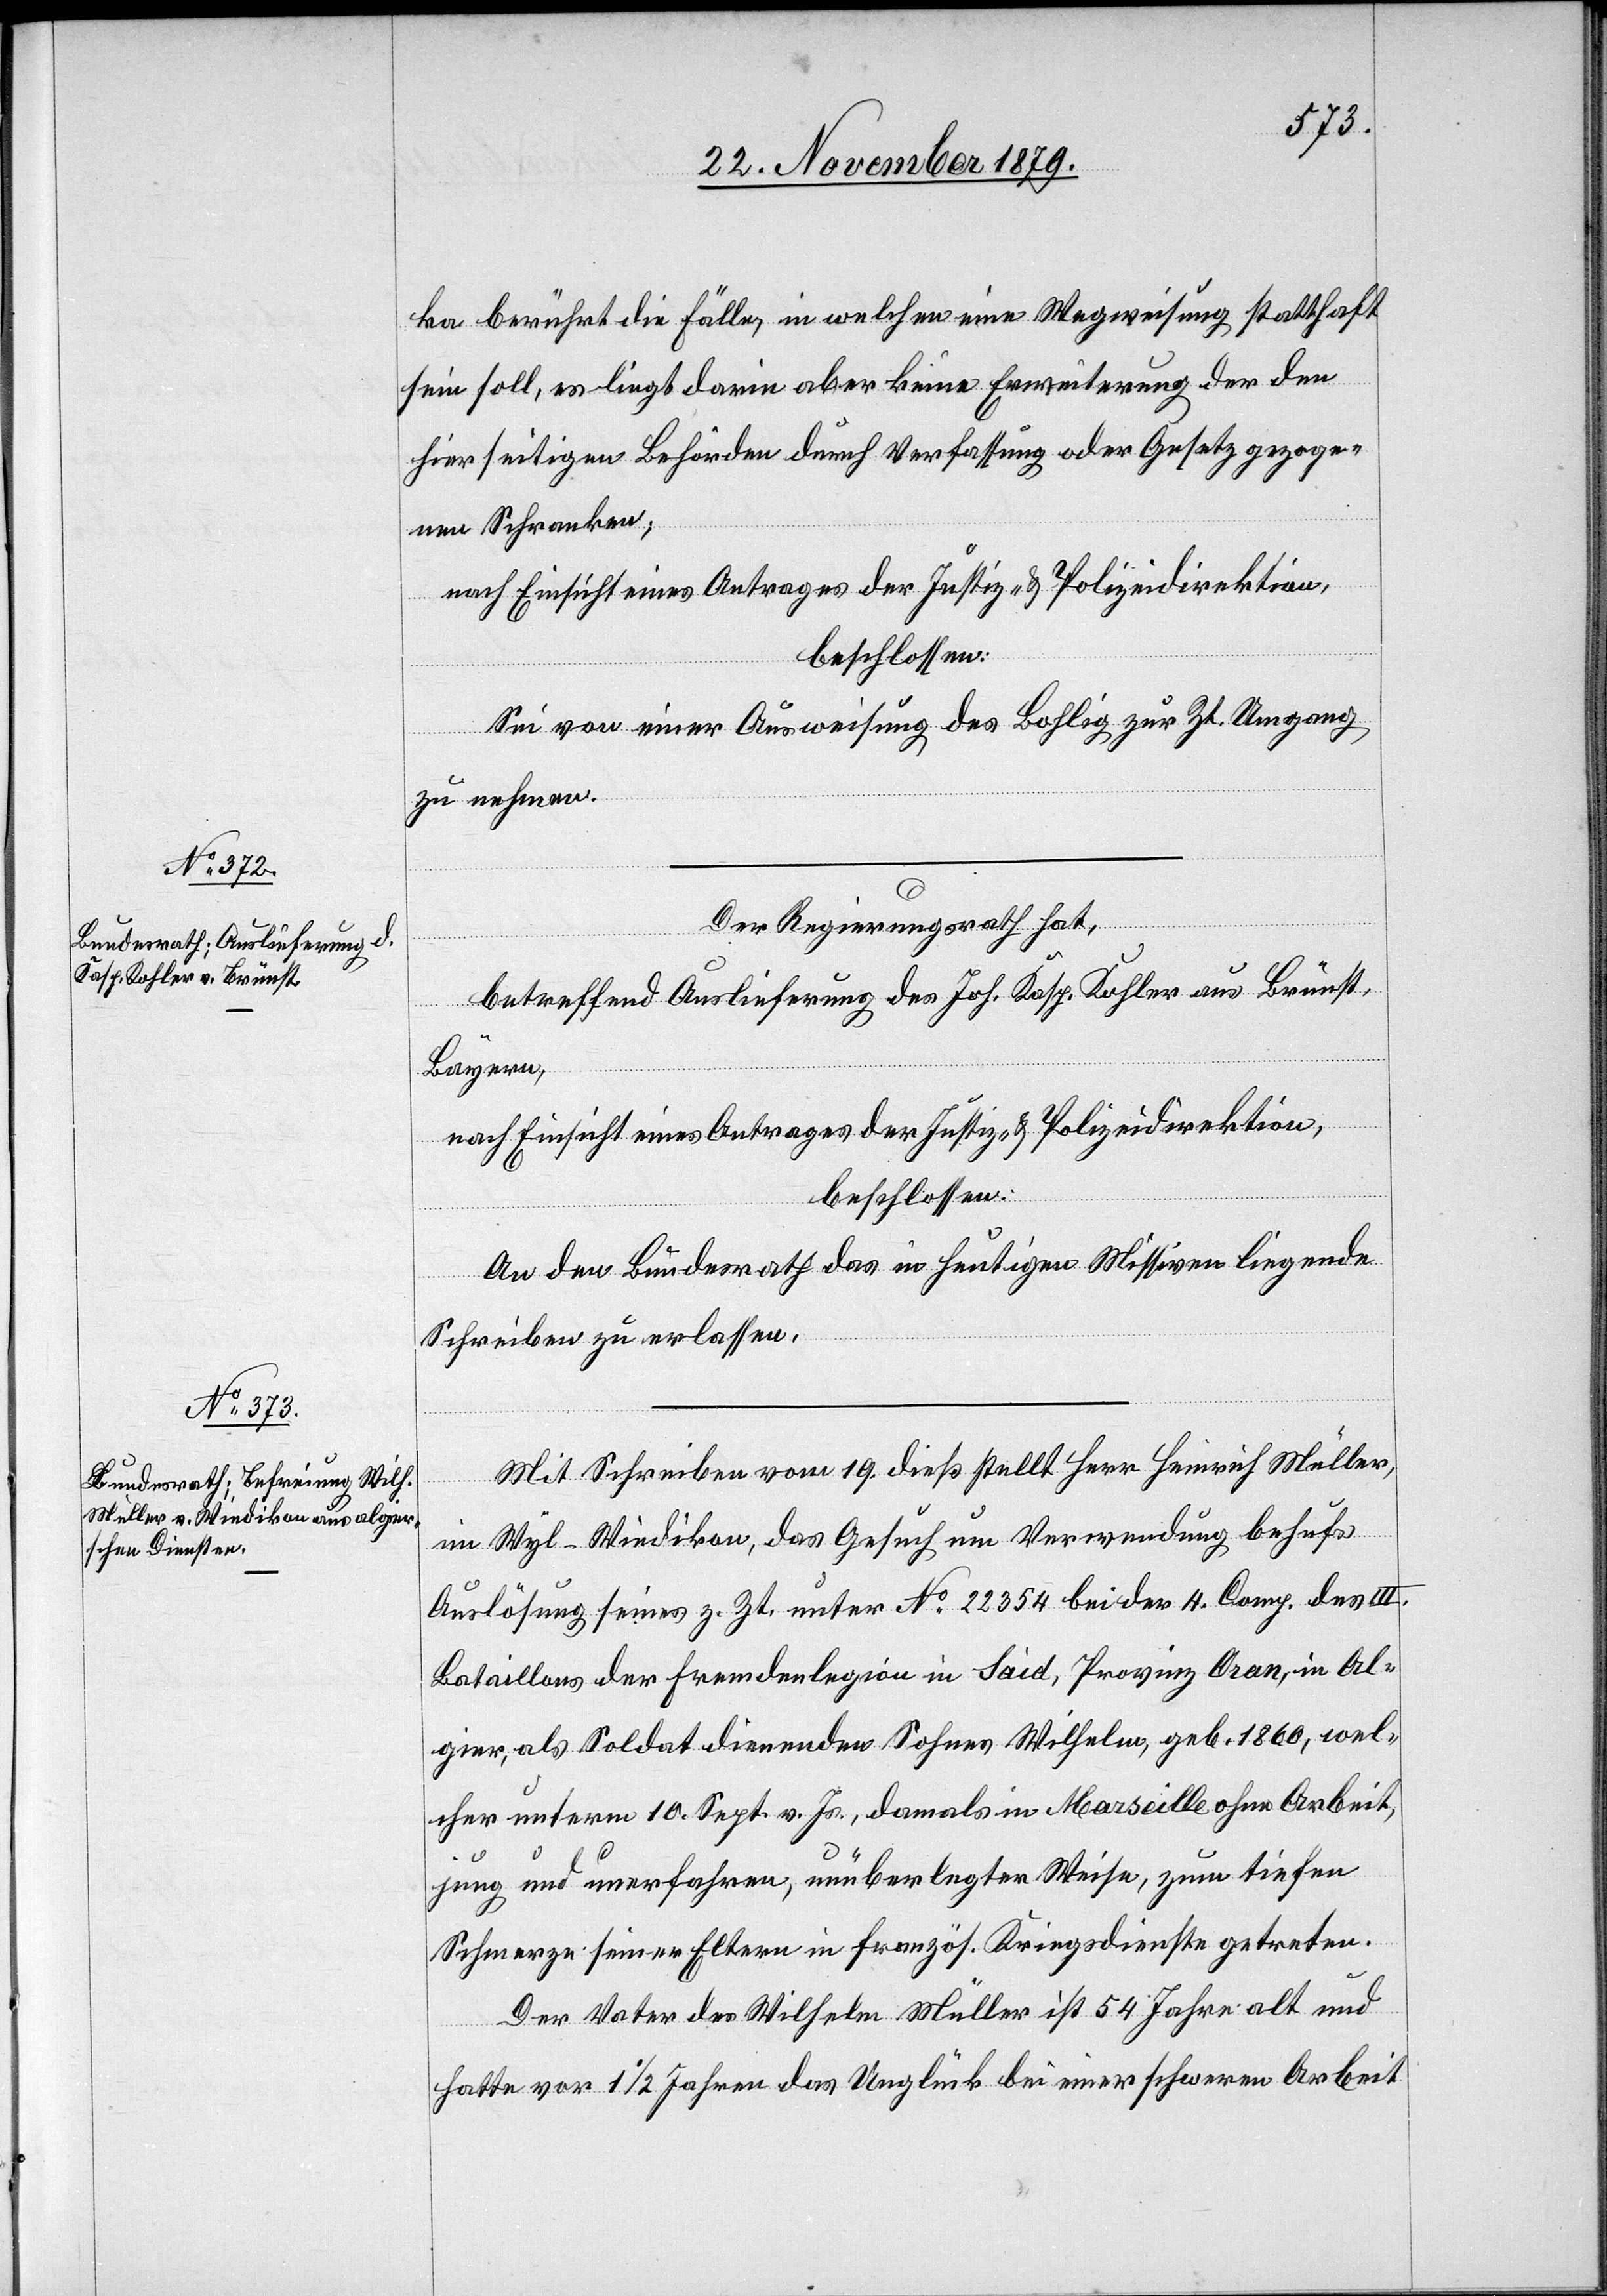
ka berührt die Fälle, in welchen eine Wegweisung statthaft
sein soll, es liegt darin aber keine Erweiterung der den
hierseitigen Behörden durch Verfassung oder Gesetz gezoge¬
nen Schranken;
nach Einsicht eines Antrages der Justiz- & Polizeidirektion,
beschlossen:
Sei von einer Ausweisung des Bohlig zur Zt. Umgang
zu nehmen.
Der Regierungsrath hat,
betreffend Auslieferung des Joh. Kasp. Kohler aus Brünst,
Bayern,
nach Einsicht eines Antrages der Justiz- & Polizeidirektion,
beschlossen:
An den Bundesrath das in heutigen Missiven liegende
Schreiben zu erlassen.
Mit Schreiben vom 19. dieß stellt Herr Heinrich Müller,
im Wyl - Wiedikon, das Gesuch um Verwendung behufs
Auslösung seines z. Zt. unter No 22354 bei der 4. Comp. des IIII.
Bataillons der Fremdenlegion in Said, Provinz Oran, in Al¬
gerien, als Soldat dienenden Sohnes Wilhelm, geb. 1860, wel¬
cher unterm 10. Sept. v. Js., damals in Marseille ohne Arbeit,
jung und unerfahren, unüberlegter Weise, zum tiefen
Schmerze seiner Eltern in französ. Kriegsdienste getreten.
Der Vater des Wilhelm Müller ist 54 Jahre alt und
hatte vor 1 1/2 Jahren das Unglück bei einer schweren Arbeit